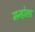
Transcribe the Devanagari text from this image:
मन्होला